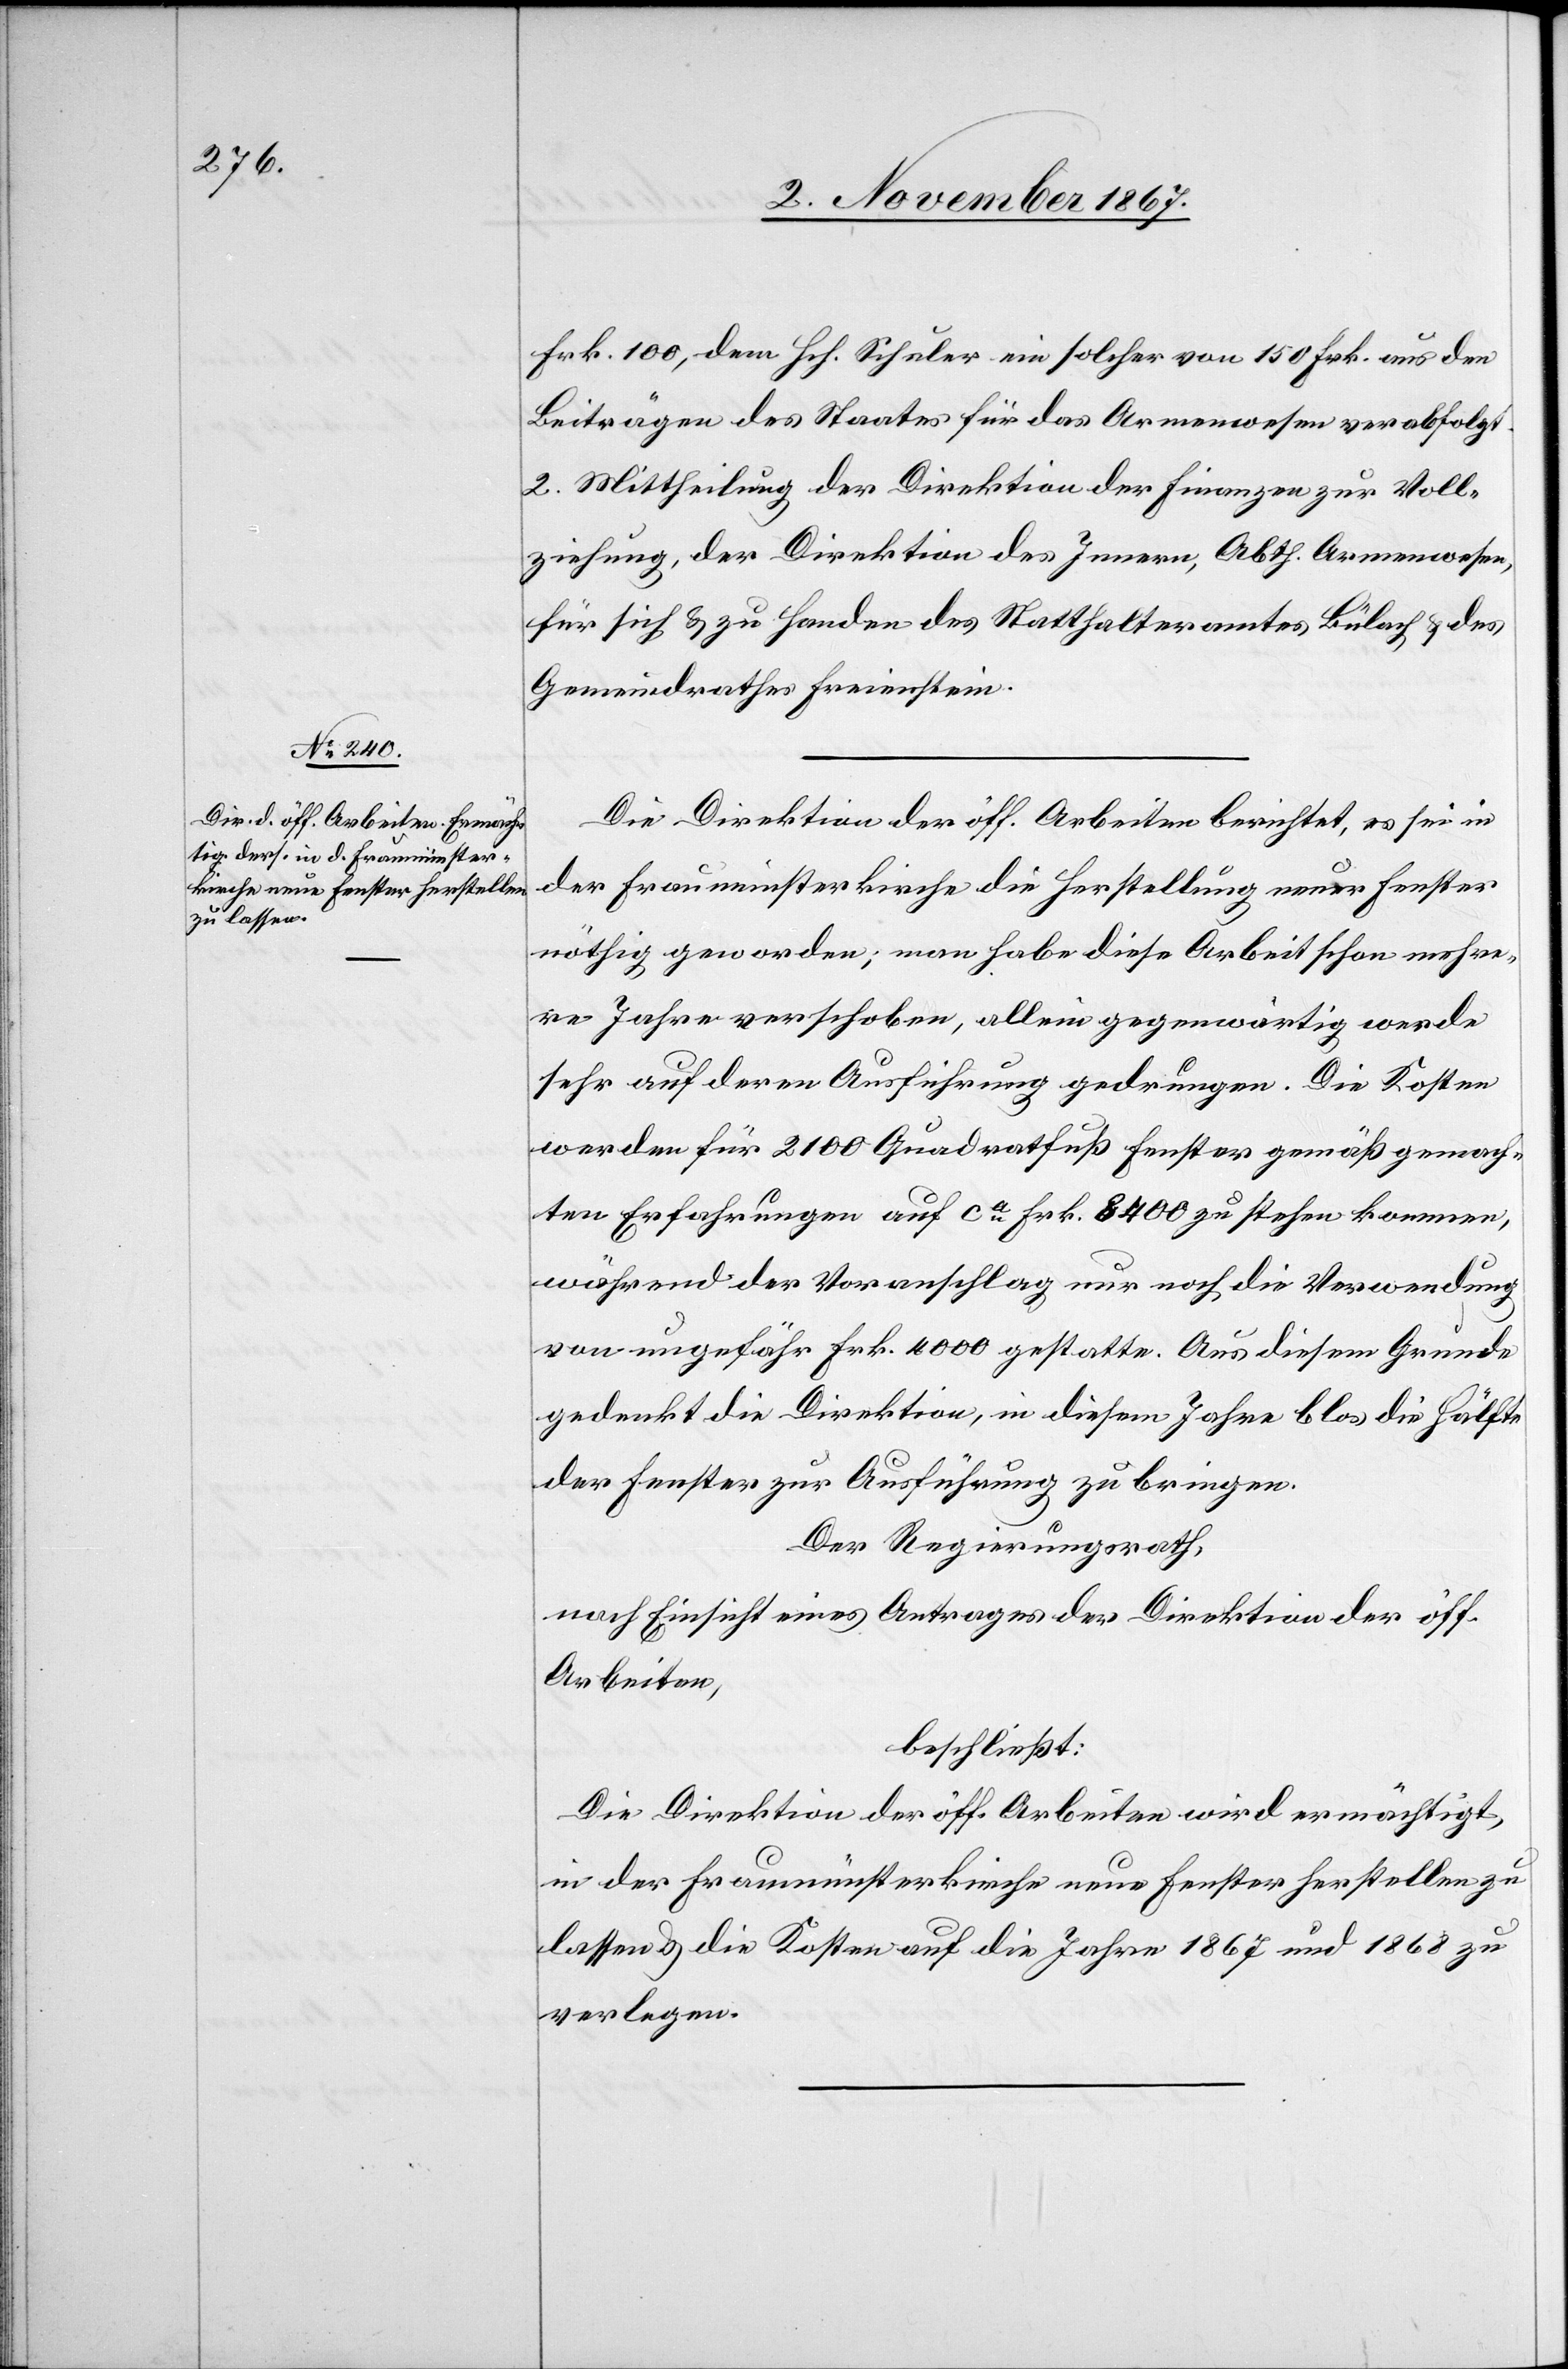
Frk. 100, dem Hch. Schuler ein solcher von 150 Frk. aus den
Beiträgen des Staates für das Armenwesen verabfolgt.
2. Mittheilung der Direktion der Finanzen zur Voll¬
ziehung, der Direktion des Innern, Abth. Armenwesen,
für sich u. zu Handen des Statthalteramtes Bülach u. des
Gemeindrathes Freienstein.
Die Direktion der öff. Arbeiten berichtet, es sei in
der Fraumünsterkirche die Herstellung neuer Fenster
nöthig geworden; man habe diese Arbeit schon mehre¬
re Jahre verschoben, allein gegenwärtig werde
sehr auf deren Ausführung gedrungen. Die Kosten
werden für 2100 Quadratfuß Fenster gemäß gemach¬
ten Erfahrungen auf ca. Frk. 8400 zu stehen kommen,
während der Voranschlag nur noch die Verwendung
von ungefähr Frk. 4000 gestatte. Aus diesem Grunde
gedenkt die Direktion, in diesem Jahre blos die Hälfte
der Fenster zur Ausführung zu bringen.
Der Regierungsrath,
nach Einsicht eines Antrages der Direktion der öff.
Arbeiten,
beschließt:
Die Direktion der öff. Arbeiten wird ermächtigt,
in der Fraumünsterkirche neue Fenster herstellen zu
lassen u. die Kosten auf die Jahre 1867 und 1868 zu
verlegen.